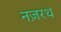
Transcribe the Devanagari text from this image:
नज़रथ